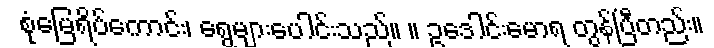
စုံမြေရိပ်ကောင်း၊ ရွေများပေါင်းသည်။ ။ ဥဒေါင်းမောရ တွန်ပြီတည်း။